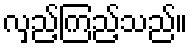
လှည့်ကြည့်သည်။